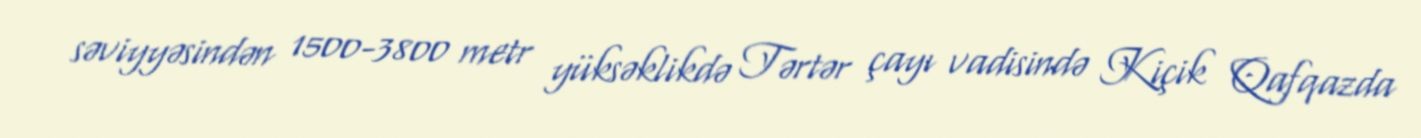
səviyyəsindən 1500-3800 metr yüksəklikdə Tərtər çayı vadisində Kiçik Qafqazda